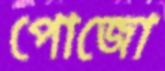
পোজো